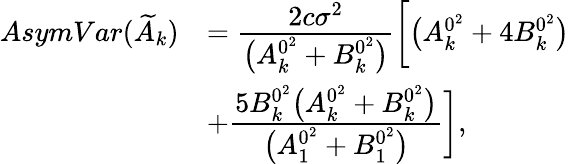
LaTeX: \begin{array}{rl}{AsymVar(\widetilde{A}_{k})}&{=\cfrac{2c\sigma^{2}}{\big(A_{k}^{0^{2}}+B_{k}^{0^{2}}\big)}\bigg[\big(A_{k}^{0^{2}}+4B_{k}^{0^{2}}\big)}\\ &{+\cfrac{5B_{k}^{0^{2}}\big(A_{k}^{0^{2}}+B_{k}^{0^{2}}\big)}{\big(A_{1}^{0^{2}}+B_{1}^{0^{2}}\big)}\bigg],}\end{array}